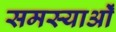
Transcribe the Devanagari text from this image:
समस्याओँ